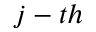
j - t h